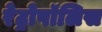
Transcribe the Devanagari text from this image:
रेट्रोपॉलिस